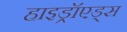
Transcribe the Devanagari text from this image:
हाइड्रॉएड्स